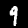
Digit: 9